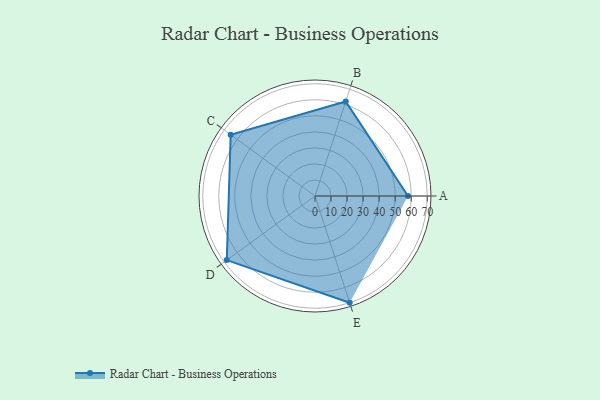
{"axis": {"x": "Skill", "y": "Score"}, "legend": ["Profile"], "data": [{"x": "A", "y": 58.0, "type": "Profile"}, {"x": "B", "y": 62.0, "type": "Profile"}, {"x": "C", "y": 65.0, "type": "Profile"}, {"x": "D", "y": 68.0, "type": "Profile"}, {"x": "E", "y": 70.0, "type": "Profile"}]}